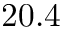
2 0 . 4